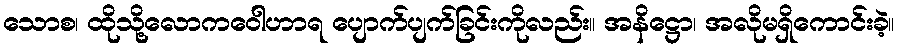
သောစ၊ ထိုသို့လောကဝေါဟာရ ပျောက်ပျက်ခြင်းကိုလည်း။ အနိဋ္ဌော၊ အလိုမရှိကောင်းခဲ့။